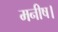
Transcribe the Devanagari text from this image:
मनीष।